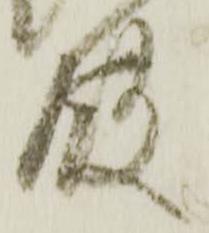
殿